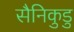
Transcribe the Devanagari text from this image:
सैनिकुडु